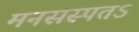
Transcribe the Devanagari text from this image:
मनसस्पतऽ